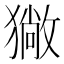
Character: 𤢄